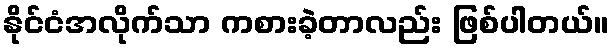
နိုင်ငံအလိုက်သာ ကစားခဲ့တာလည်း ဖြစ်ပါတယ်။